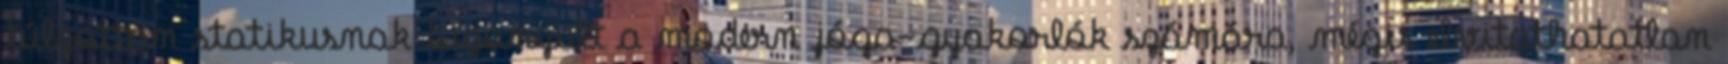
túlzottan statikusnak bizonyult a modern jóga-gyakorlók számára, mégis elvitathatatlan